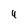
Character: 4